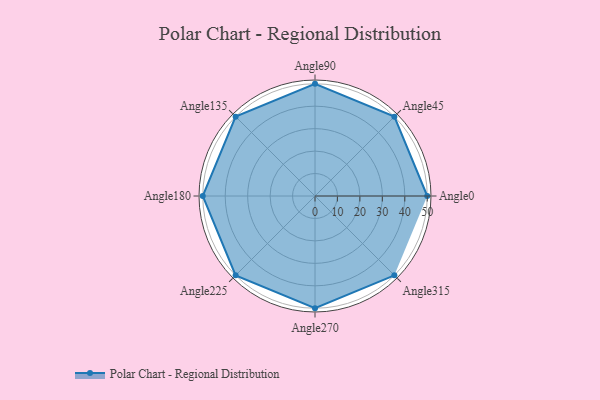
{"axis": {"x": "Angle", "y": "Radius"}, "legend": [""], "data": [{"x": "Angle0", "y": 50, "type": ""}, {"x": "Angle45", "y": 50, "type": ""}, {"x": "Angle90", "y": 50, "type": ""}, {"x": "Angle135", "y": 50, "type": ""}, {"x": "Angle180", "y": 50, "type": ""}, {"x": "Angle225", "y": 50, "type": ""}, {"x": "Angle270", "y": 50, "type": ""}, {"x": "Angle315", "y": 50, "type": ""}]}